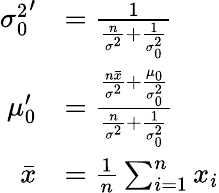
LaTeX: {\begin{array}{rl}{{\sigma_{0}^{2}}^{\prime}}&{={\frac{1}{{\frac{n}{\sigma^{2}}}+{\frac{1}{\sigma_{0}^{2}}}}}}\\ {\mu_{0}^{\prime}}&{={\frac{{\frac{n{\bar{x}}}{\sigma^{2}}}+{\frac{\mu_{0}}{\sigma_{0}^{2}}}}{{\frac{n}{\sigma^{2}}}+{\frac{1}{\sigma_{0}^{2}}}}}}\\ {{\bar{x}}}&{={\frac{1}{n}}\sum_{i=1}^{n}x_{i}}\end{array}}